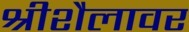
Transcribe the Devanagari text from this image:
श्रीशैलावर